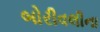
બોરીવલીના